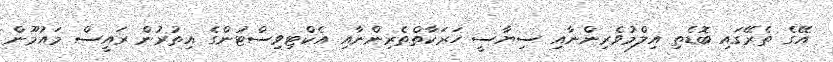
އޭގެ ތެރޭގައި ބޮޑެތި އިލްމުވެރިންނާއި ސިޔާސީ ހަރަކާތްތެރިންނާއި އެކްޓިވިސްޓުންގެ އިތުރުން ރައީސް މައުމޫން